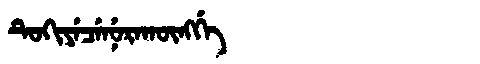
Manchu: ᡨᡠᡴᡳᠶᡝᠴᡝᠨᡠᡵᠠᡴᡡᠩᡤᡝ
Romanization: TUKIYECENURAKŪNGGE